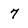
Character: 7